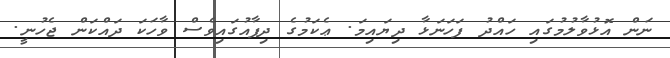
ނަން އޮޅުވާލުމުގައި ހައްދު ފަހަނަޅާ ދިޔައިމަ. ޢެކަމުގެ ދިފާއުގައިވެސް ވާހަކަ ދައްކަން ޖެހުނީ.